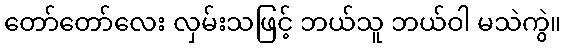
တော်တော်လေး လှမ်းသဖြင့် ဘယ်သူ ဘယ်ဝါ မသဲကွဲ။